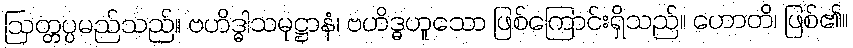
ဩတ္တပ္ပမည်သည်။ ဗဟိဒ္ဓါသမုဋ္ဌာနံ၊ ဗဟိဒ္ဓဟူသော ဖြစ်ကြောင်းရှိသည်။ ဟောတိ၊ ဖြစ်၏။